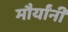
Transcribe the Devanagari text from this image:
मौर्यांनी